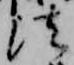
法